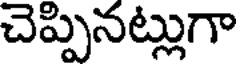
చెప్పినట్లుగా